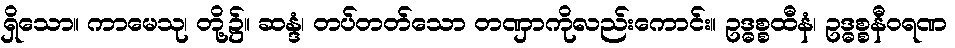
ရှိသော။ ကာမေသု၊ တို့၌။ ဆန္ဒံ၊ တပ်တတ်သော တဏှာကိုလည်းကောင်း။ ဥဒ္ဓစ္စထီနံ၊ ဥဒ္ဓစ္စနီဝရဏ